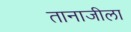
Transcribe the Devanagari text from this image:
तानाजीला